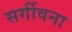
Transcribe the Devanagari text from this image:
सर्गीवना